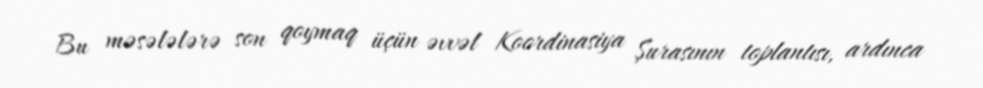
Bu məsələlərə son qoymaq üçün əvvəl Koordinasiya Şurasının toplantısı, ardınca